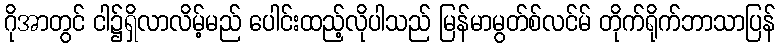
ဂိုအာတွင် ငါ၌ရှိလာလိမ့်မည် ပေါင်းထည့်လိုပါသည် မြန်မာမွတ်စ်လင်မ် တိုက်ရိုက်ဘာသာပြန်